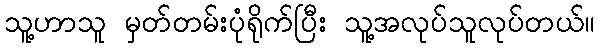
သူ့ဟာသူ မှတ်တမ်းပုံရိုက်ပြီး သူ့အလုပ်သူလုပ်တယ်။